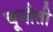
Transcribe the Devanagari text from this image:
चूनौती